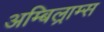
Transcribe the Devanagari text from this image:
अम्बिल्राम्स